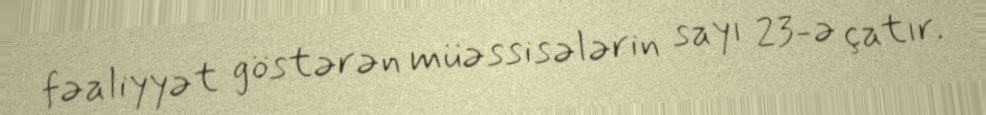
fəaliyyət göstərən müəssisələrin sayı 23-ə çatır.